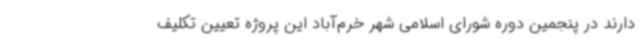
دارند در پنجمین دوره شورای اسلامی شهر خرم‌آباد این پروژه تعیین تکلیف